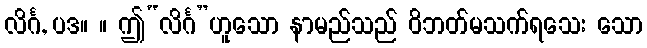
လိင်္ဂ, ပဒ။ ။ ဤ“လိင်္ဂ”ဟူသော နာမည်သည် ဝိဘတ်မသက်ရသေး သော